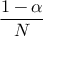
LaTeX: \frac { 1 - \alpha } { N }